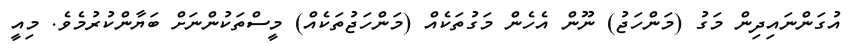
އުގަންނައިދިން މަގު (މަންހަޖު) ނޫން އެހެން މަގުތަކެއް (މަންހަޖުތަކެއް) މީސްތަކުންނަށް ބަޔާންކުރުމެވެ. މިއީ